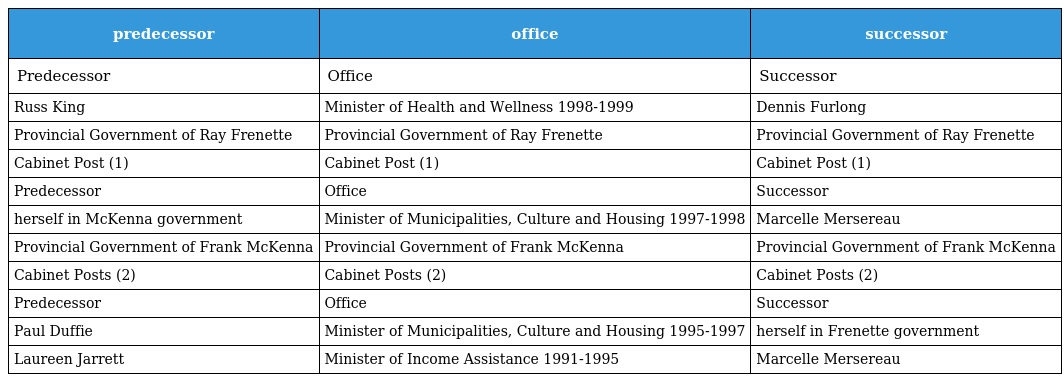
| predecessor | office | successor |
 | --- | --- | --- |
 | Predecessor | Office | Successor |
 | Russ King | Minister of Health and Wellness 1998-1999 | Dennis Furlong |
 | Provincial Government of Ray Frenette | Provincial Government of Ray Frenette | Provincial Government of Ray Frenette |
 | Cabinet Post (1) | Cabinet Post (1) | Cabinet Post (1) |
 | Predecessor | Office | Successor |
 | herself in McKenna government | Minister of Municipalities, Culture and Housing 1997-1998 | Marcelle Mersereau |
 | Provincial Government of Frank McKenna | Provincial Government of Frank McKenna | Provincial Government of Frank McKenna |
 | Cabinet Posts (2) | Cabinet Posts (2) | Cabinet Posts (2) |
 | Predecessor | Office | Successor |
 | Paul Duffie | Minister of Municipalities, Culture and Housing 1995-1997 | herself in Frenette government |
 | Laureen Jarrett | Minister of Income Assistance 1991-1995 | Marcelle Mersereau |